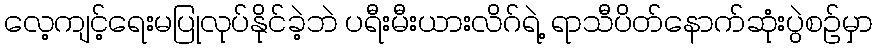
လေ့ကျင့်ရေးမပြုလုပ်နိုင်ခဲ့ဘဲ ပရီးမီးယားလိဂ်ရဲ့ ရာသီပိတ်နောက်ဆုံးပွဲစဉ်မှာ